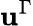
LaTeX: \mathbf{u}^{\Gamma}